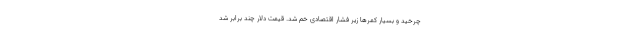
چرخید و بسیار کمرها زیر فشار اقتصادی خم شد. قیمت دلار چند برابر شد